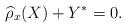
LaTeX: \begin{align*} \widehat{\rho}_x(X) + Y^* = 0. \end{align*}